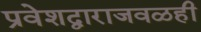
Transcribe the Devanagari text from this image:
प्रवेशद्वाराजवळही